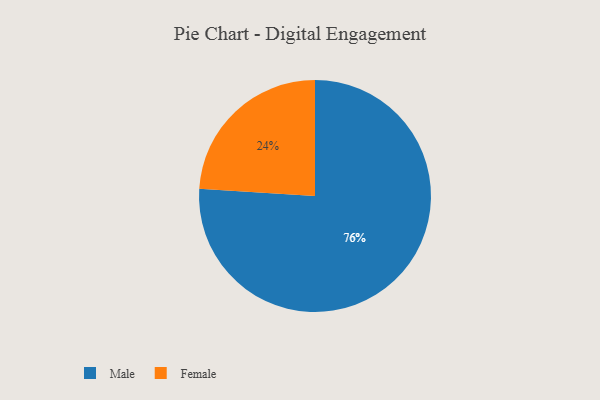
{"axis": {"x": "Category", "y": "Percentage"}, "legend": ["Female", "Male"], "data": [{"x": "Female", "y": 24, "type": "Female"}, {"x": "Male", "y": 76, "type": "Male"}]}